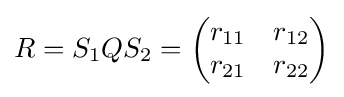
R=S_{1}QS_{2}={\begin{pmatrix}r_{11}&r_{12}\\r_{21}&r_{22}\end{pmatrix}}